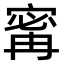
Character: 寗